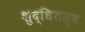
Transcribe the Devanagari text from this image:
शुद्धितत्व